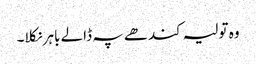
وہ تولیہ کندھے پہ ڈالے باہر نکلا۔